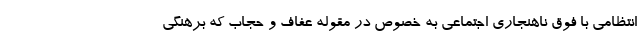
انتظامی با فوق ناهنجاری اجتماعی به خصوص در مقوله عفاف و حجاب که برهنگی